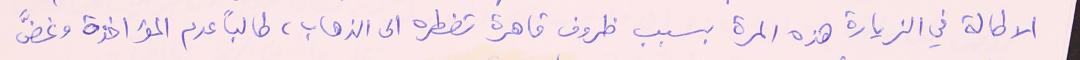
الاطالة في الزيارة هذه المرة بسبب ظروف قاهرة تضطره الى الذهاب، طالباً عدم المؤاخذة وغضَّ